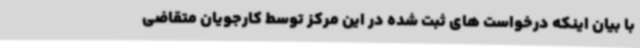
با بیان اینکه درخواست های ثبت شده در این مرکز توسط کارجویان متقاضی